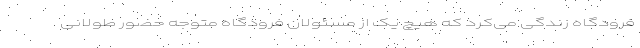
فرودگاه زندگی می‌کرد که هیچ یک از مسئولان فرودگاه متوجه حضور طولانی